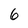
Character: 6